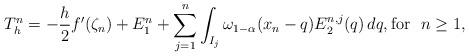
LaTeX: \begin{align*}T_h^n=- \frac{h}{2} f'(\zeta_n)+E_1^n+\sum_{j=1}^{n}\int_{I_j}\omega_{1-\alpha}(x_{n}-q) E_2^{n,j}(q)\,dq,{\rm for}~~n\ge 1,\end{align*}